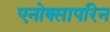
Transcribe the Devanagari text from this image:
एनोक्सापरिन